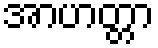
အာဟတ္တာ